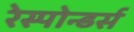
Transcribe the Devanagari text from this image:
रेस्पोन्डर्स